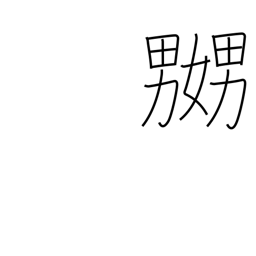
Meaning: tease